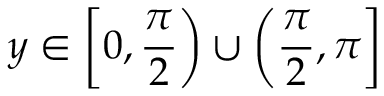
y \in \left[ 0 , { \frac { \pi } { 2 } } \right) \cup \left( { \frac { \pi } { 2 } } , \pi \right]